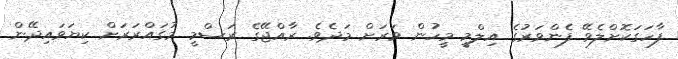
ފާހަގަކޮށްލެވޭ ފެންވަރުގެ އިލްމީ މީހުން ވަރަށް މަދެވެ. ރާއްޖޭގެ ރަސްމީ މުގައްރަރަށް ކިޔަވައިދޭން